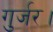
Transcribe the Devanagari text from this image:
गुर्जर।